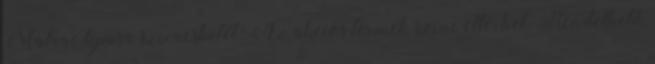
Matrac típusa szivacsbetét. Az akciós termék színe eltérhet. Rendelhető